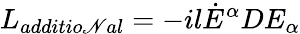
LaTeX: L_{additio\mathscr{N}al}=-il{\dot{{E}}}^{\alpha}DE_{\alpha}